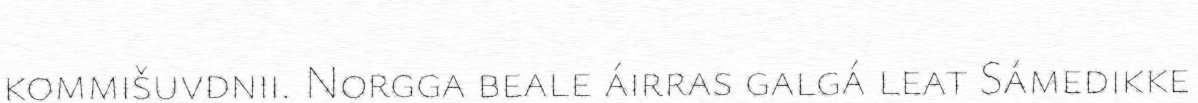
kommišuvdnii. Norgga beale áirras galgá leat Sámedikke